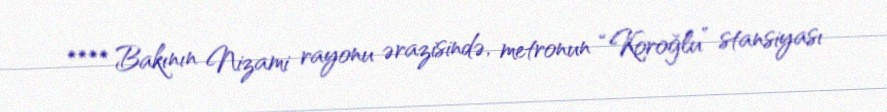
**** Bakının Nizami rayonu ərazisində, metronun “Koroğlu” stansiyası